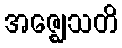
အဇ္ဈေသတိ